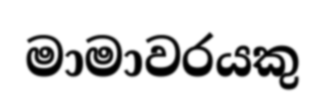
මාමාවරයකු